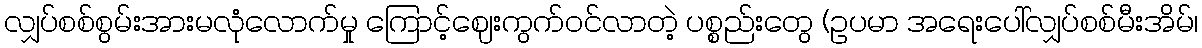
လျှပ်စစ်စွမ်းအားမလုံလောက်မှု ကြောင့်ဈေးကွက်ဝင်လာတဲ့ ပစ္စည်းတွေ (ဥပမာ အရေးပေါ်လျှပ်စစ်မီးအိမ်၊